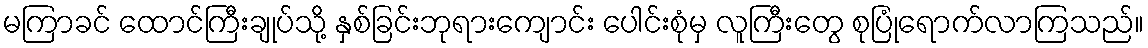
မကြာခင် ထောင်ကြီးချုပ်သို့ နှစ်ခြင်းဘုရားကျောင်း ပေါင်းစုံမှ လူကြီးတွေ စုပြုံရောက်လာကြသည်။